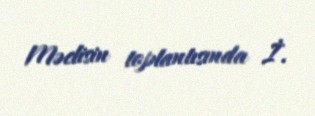
Məclisin toplantısında İ.